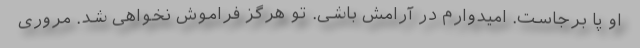
او پا برجاست. امیدوارم در آرامش باشی. تو هرگز فراموش نخواهی شد. مروری